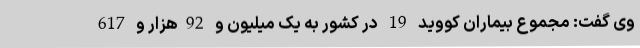
وی گفت: مجموع بیماران کووید 19 در کشور به یک میلیون و 92هزار و 617